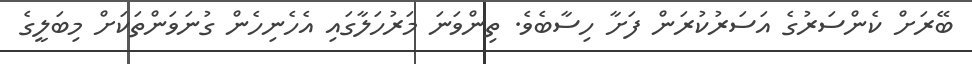
ބޭރަށް ކެންސަރުގެ އަސަރުކުރަން ފަށާ ހިސާބެވެ. ތިންވަނަ މަރުހަލާގައި އެހެނިހެން ގުނަވަންތަކަށް މިބަލީގެ